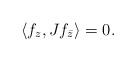
\begin{align*}\langle f_z, Jf_{\bar z} \rangle=0.\end{align*}